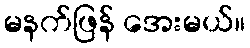
မနက်ဖြန် အေးမယ်။